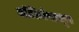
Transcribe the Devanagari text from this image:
ऑरिगेपासून